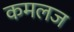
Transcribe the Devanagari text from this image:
कमलज